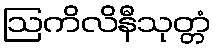
ဩကိလိနီသုတ္တံ